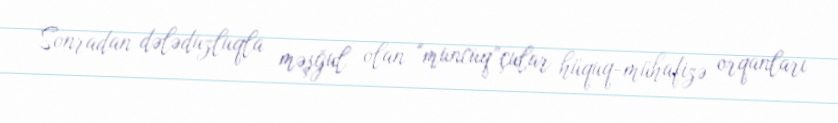
Sonradan dələduzluqla məşğul olan “muncuq”çular hüquq-mühafizə orqanları